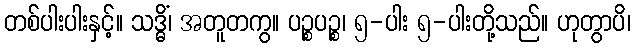
တစ်ပါးပါးနှင့်။ သဒ္ဓိံ၊ အတူတကွ။ ပဉ္စပဉ္စ၊ ၅-ပါး ၅-ပါးတို့သည်။ ဟုတွာပိ၊